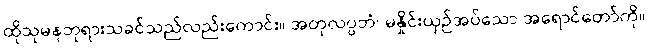
ထိုသုမနဘုရားသခင်သည်လည်းကောင်း။ အတုလပ္ပဘံ၊ မနှိုင်းယှဉ်အပ်သော အရောင်တော်ကို။